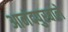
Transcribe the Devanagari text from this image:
आनंदपुरवाले